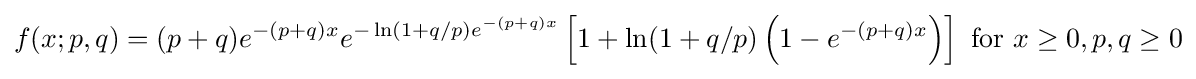
f(x;p,q)=(p+q)e^{-(p+q)x}e^{-\ln(1+q/p)e^{-(p+q)x}}\left[1+\ln(1+q/p)\left(1-e^{-(p+q)x}\right)\right]{\text{ for }}x\geq 0,p,q\geq 0